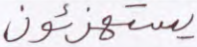
يستهزئون